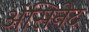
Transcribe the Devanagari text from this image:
अंसिनेट